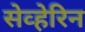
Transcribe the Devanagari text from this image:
सेव्हेरिन